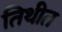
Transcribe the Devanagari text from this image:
तिथीत